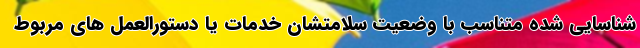
شناسایی شده متناسب با وضعیت سلامتشان خدمات یا دستورالعمل های مربوط